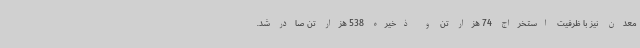
معدن نیز با ظرفیت استخراج 74 هزار تن و ذخیره 538 هزار تن صادر شد.